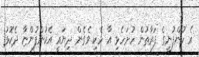
އެ ކުންފުނީގެ ފަރާތުން ހުށަހެޅި އާ ހެކި ވެގެން ދިޔައީ އެކުންފުންޏާ ދެކޮޅު